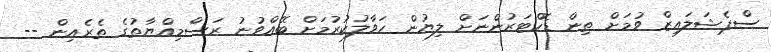
ސްޕެޝަލައިޒް ވުމަށް ތިން ޑޮކްޓަރުންނަށް ލިޔުން ހަވާލުކުރުމަށް ބޭއްވުނު ރަސްމިއްޔާތުގެ ތެރެއިން --